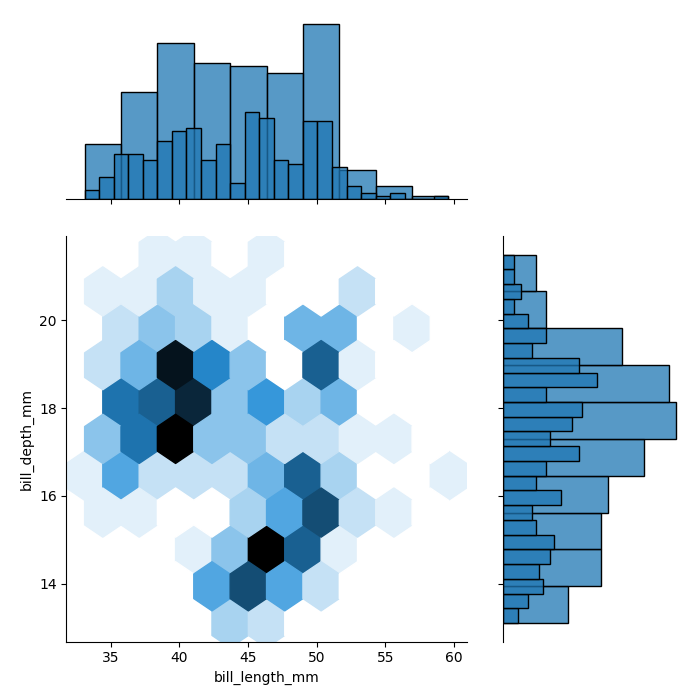
python, seaborn, jointplot, kind='hex', height='7', ratio='2', marginal_ticks='False'